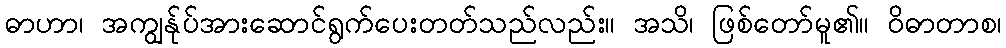
ဓာဟာ၊ အကျွန်ုပ်အားဆောင်ရွက်ပေးတတ်သည်လည်း။ အသိ၊ ဖြစ်တော်မူ၏။ ဝိဓာတာစ၊